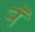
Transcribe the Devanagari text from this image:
र्‍ाॅ